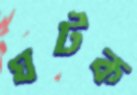
ঘটক